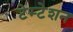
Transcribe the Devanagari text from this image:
टेम्टेशन